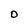
Character: O